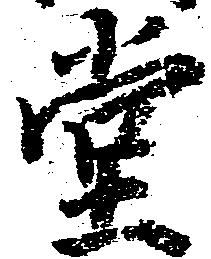
堂